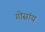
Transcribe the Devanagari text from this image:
गोसांय